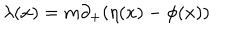
{ \lambda } ( x ) = m { \partial } _ { + } ( { \eta } ( x ) - { \phi } ( x ) )